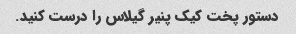
دستور پخت کیک پنیر گیلاس را درست کنید.